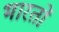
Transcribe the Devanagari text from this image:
भारतों